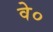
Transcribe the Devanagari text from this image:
वे०